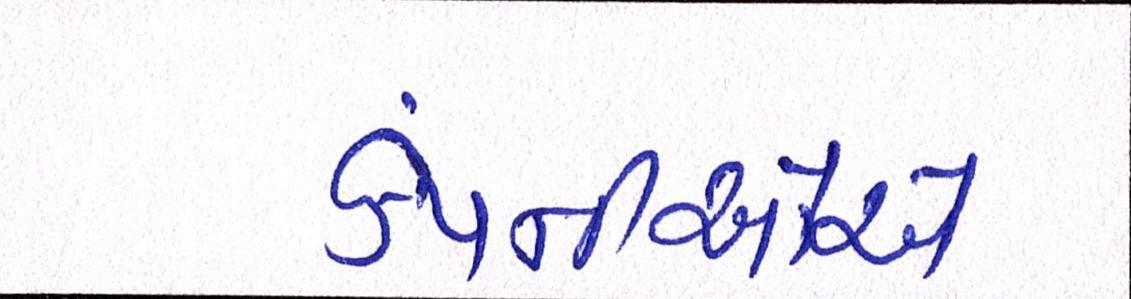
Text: કંપનીઓએ